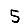
Digit: 5